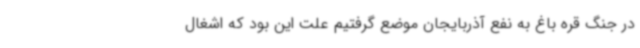
در جنگ قره باغ به نفع آذربایجان موضع گرفتیم علت این بود که اشغال